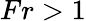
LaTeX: Fr>1